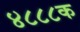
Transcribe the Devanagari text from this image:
४८८८क